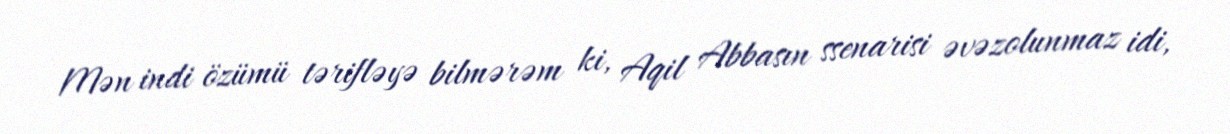
Mən indi özümü tərifləyə bilmərəm ki, Aqil Abbasın ssenarisi əvəzolunmaz idi,